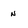
Character: n